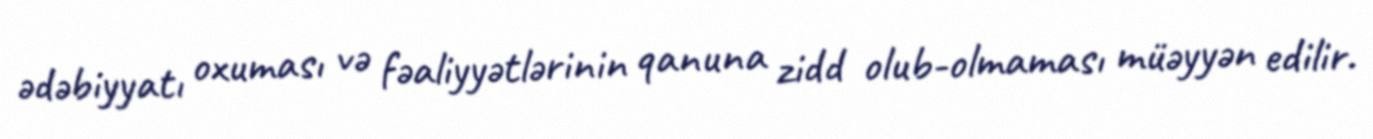
ədəbiyyatı oxuması və fəaliyyətlərinin qanuna zidd olub-olmaması müəyyən edilir.